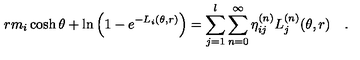
r m _ { i } \cosh \theta + \ln \left( 1 - e ^ { - L _ { i } ( \theta , r ) } \right) = \sum _ { j = 1 } ^ { l } \sum _ { n = 0 } ^ { \infty } \eta _ { i j } ^ { ( n ) } L _ { j } ^ { ( n ) } ( \theta , r ) \quad .